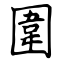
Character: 圍